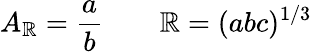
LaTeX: A_{\mathbb{R}}=\frac{{a}}{{b}}\qquad\mathbb{R}=(abc)^{1/3}